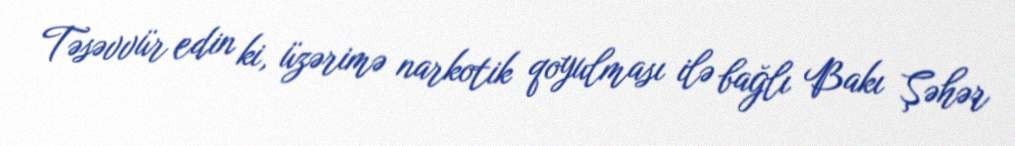
Təsəvvür edin ki, üzərimə narkotik qoyulması ilə bağlı Bakı Şəhər